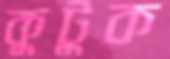
কুটুক